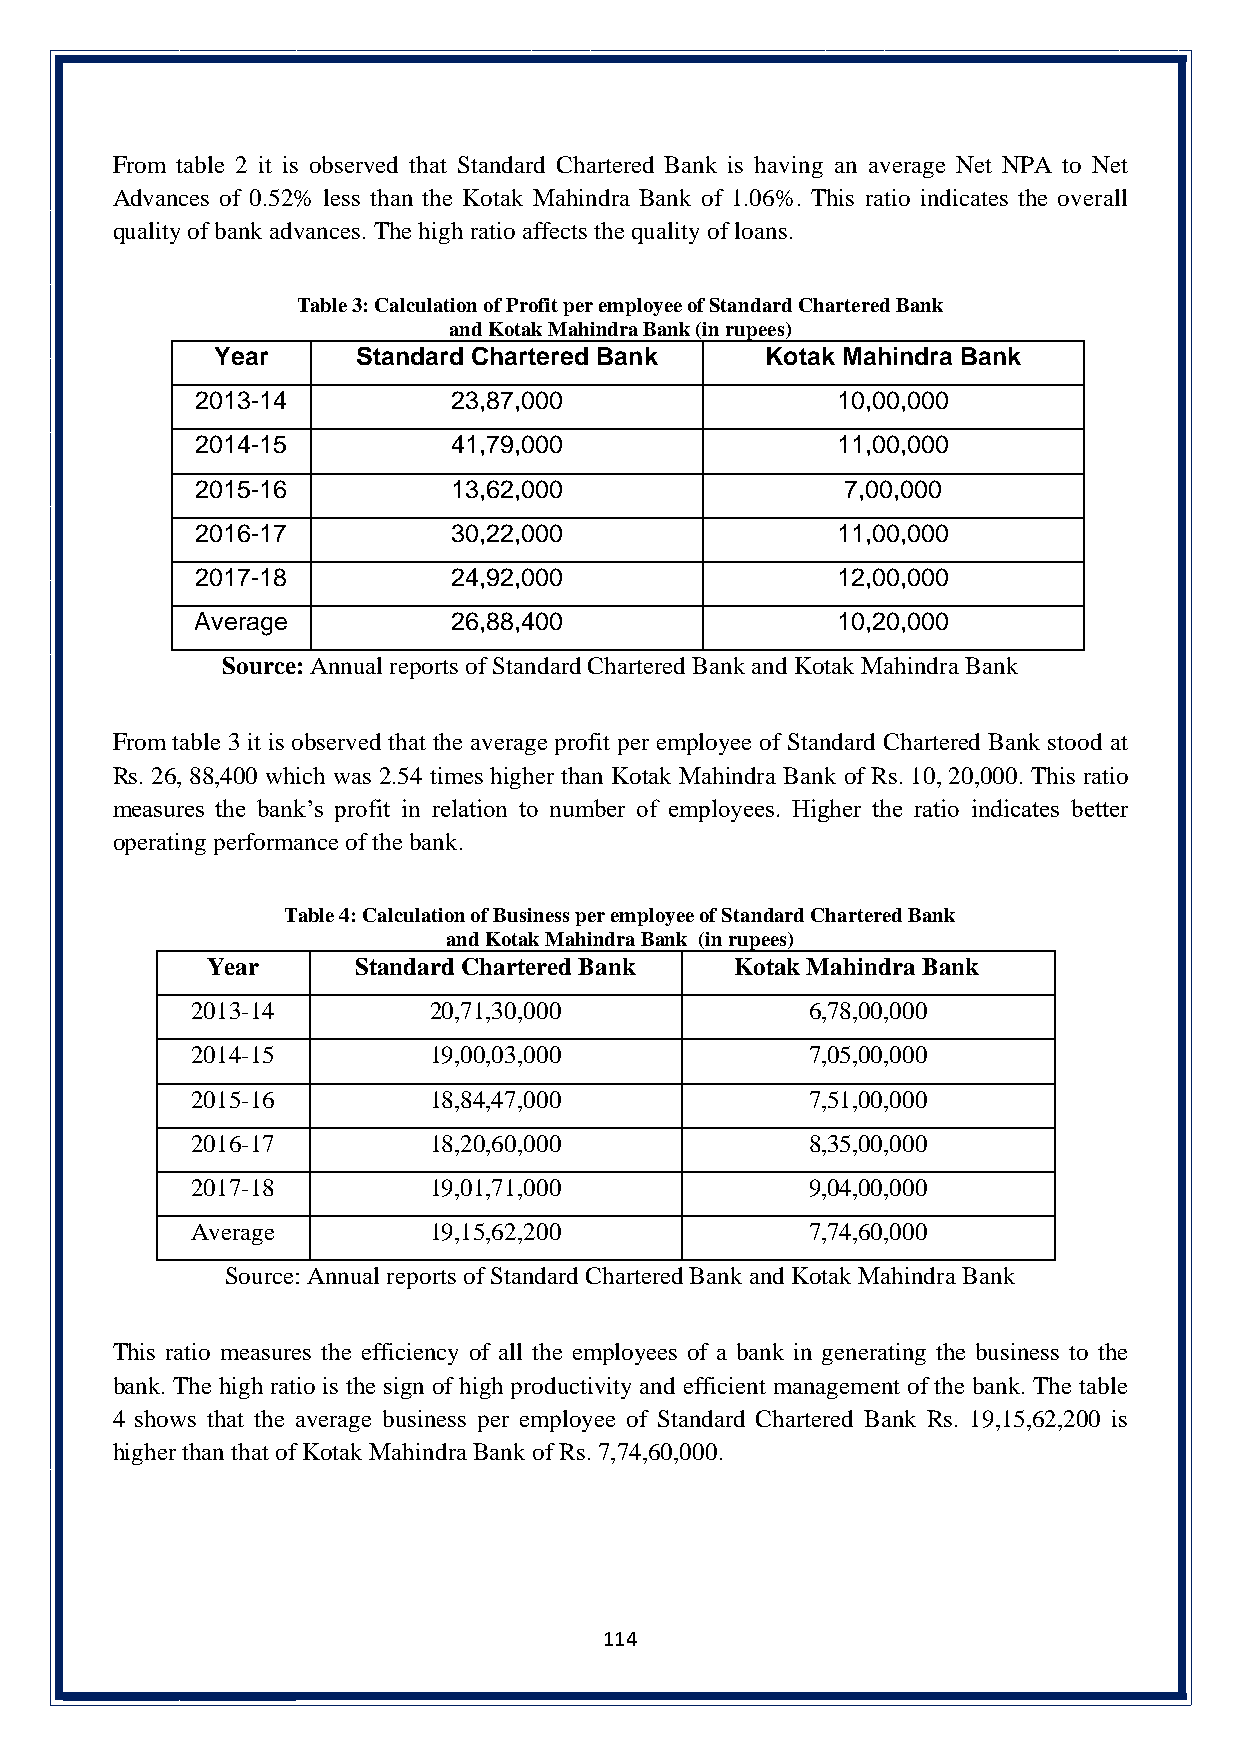
From table 2 it is observed that Standard Chartered Bank is having an average Net NPA to Net
 Advances of 0.52% less than the Kotak Mahindra Bank of 1.06%. This ratio indicates the overall
 quality of bank advances. The high ratio affects the quality of loans.
 Table 3: Calculation of Profit per employee of Standard Chartered Bank
 and Kotak Mahindra Bank (in rupees)
 Year      Standard Chartered Bank    Kotak Mahindra Bank
 2013-14          23,87,000                10,00,000
 2014-15          41,79,000                11,00,000
 2015-16          13,62,000                 7,00,000
 2016-17          30,22,000                11,00,000
 2017-18          24,92,000                12,00,000
 Average          26,88,400                10,20,000
 Source: Annual reports of Standard Chartered Bank and Kotak Mahindra Bank
 From table 3 it is observed that the average profit per employee of Standard Chartered Bank stood at
 Rs. 26, 88,400 which was 2.54 times higher than Kotak Mahindra Bank of Rs. 10, 20,000. This ratio
 measures the bank’s profit in relation to number of employees. Higher the ratio indicates better
 operating performance of the bank.
 Table 4: Calculation of Business per employee of Standard Chartered Bank
 and Kotak Mahindra Bank (in rupees)
 Year      Standard Chartered Bank  Kotak Mahindra Bank
 2013-14        20,71,30,000              6,78,00,000
 2014-15        19,00,03,000              7,05,00,000
 2015-16        18,84,47,000              7,51,00,000
 2016-17        18,20,60,000              8,35,00,000
 2017-18        19,01,71,000              9,04,00,000
 Average        19,15,62,200              7,74,60,000
 Source: Annual reports of Standard Chartered Bank and Kotak Mahindra Bank
 This ratio measures the efficiency of all the employees of a bank in generating the business to the
 bank. The high ratio is the sign of high productivity and efficient management of the bank. The table
 4 shows that the average business per employee of Standard Chartered Bank Rs. 19,15,62,200 is
 higher than that of Kotak Mahindra Bank of Rs. 7,74,60,000.
 114